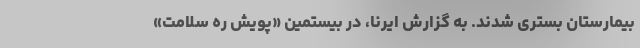
بیمارستان بستری شدند. به گزارش ایرنا، در بیستمین «پویش ره سلامت»